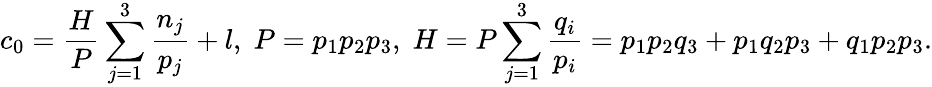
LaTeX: c_{0}=\frac{H}{P}\sum_{j=1}^{3}\frac{n_{j}}{p_{j}}+l,\; P=p_{1}p_{2}p_{3},\; H=P\sum_{j=1}^{3}\frac{q_{i}}{p_{i}}=p_{1}p_{2}q_{3}+p_{1}q_{2}p_{3}+q_{1}p_{2}p_{3}.